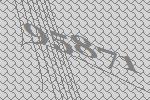
95871